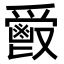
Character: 𩰣